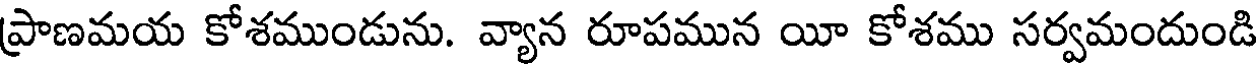
ప్రాణమయ కోశముండును. వ్యాన రూపమున యీ కోశము సర్వమందుండి